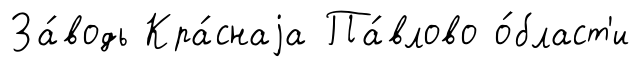
За́водь Кра́снаjа Па́влово о́бласт'и